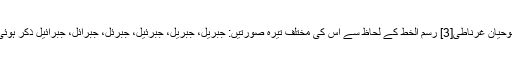
[2] ابوحیان غرناطی[3] رسم الخط کے لحاظ سے اس کی مختلف تیرہ صورتیں: جِبْریل، جَبْریل، جَبَرئیل، جَبَرئِل، جَبرائل، جَبرائیل ذکر ہوئی ہیں۔